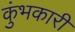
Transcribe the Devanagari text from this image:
कुंभकारी